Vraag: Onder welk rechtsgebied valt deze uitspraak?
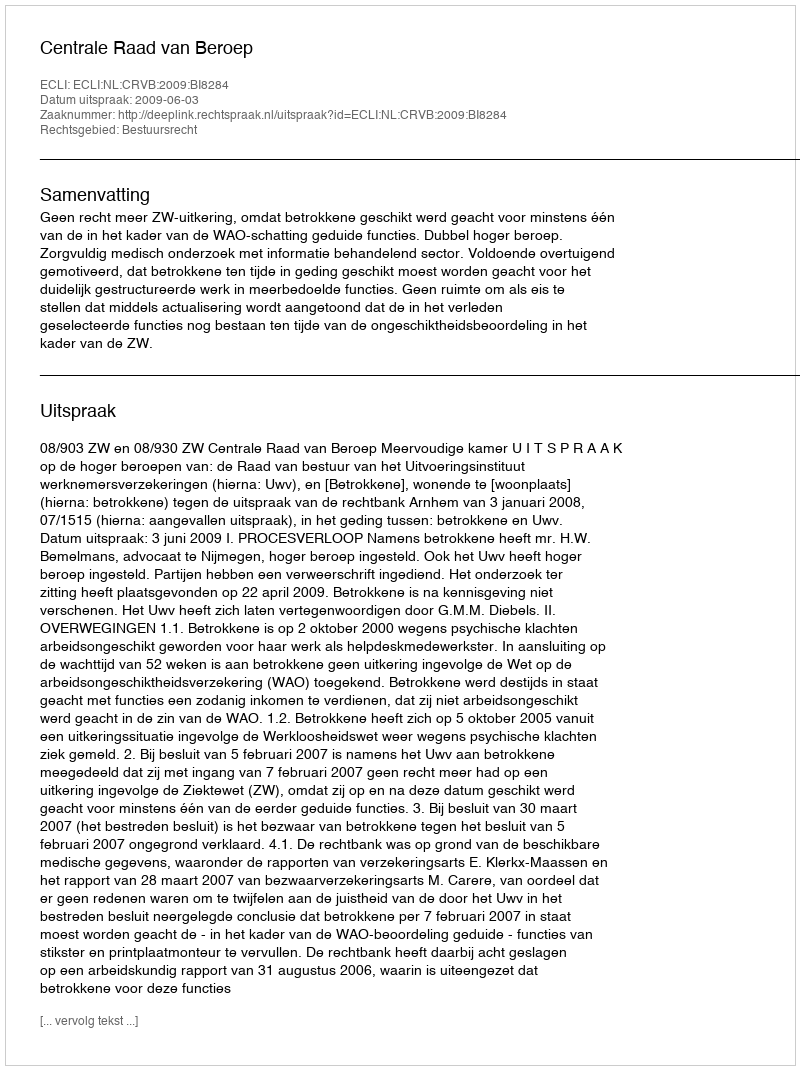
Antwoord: Bestuursrecht